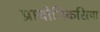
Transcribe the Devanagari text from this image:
प्रायोगिकरित्या